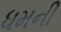
ધમની